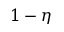
1 - \eta